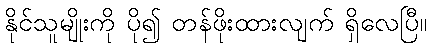
နိုင်သူမျိုးကို ပို၍ တန်ဖိုးထားလျက် ရှိလေပြီ။